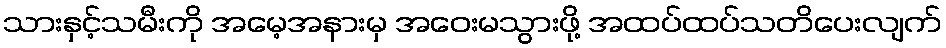
သားနှင့်သမီးကို အမေ့အနားမှ အဝေးမသွားဖို့ အထပ်ထပ်သတိပေးလျက်